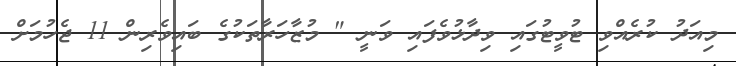
މިއަދު ކުރެއްވި ޓުވީޓުގައި ވިދާޅުވެފައި ވަނީ " މުޒާހަރާތަކުގެ ބައިވެރިން 11 ޖެހުމަށް